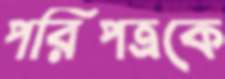
পরিপত্রকে